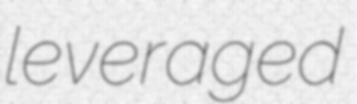
leveraged